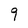
Character: 9